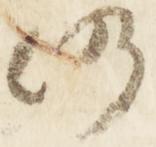
仍